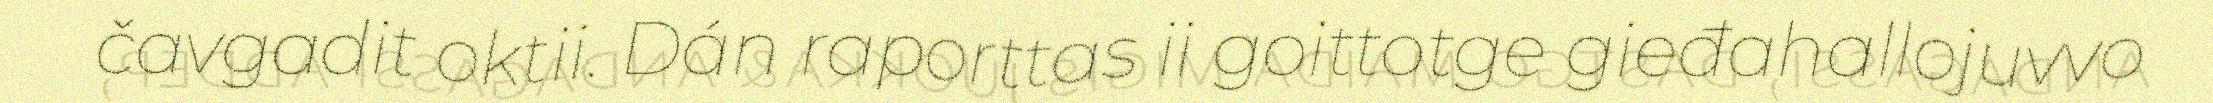
čavgadit oktii. Dán raporttas ii goittotge gieđahallojuvvo